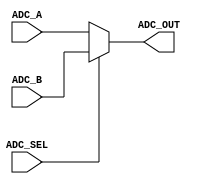
module ADC_MUX
#(
	parameter ADC_WIDTH = 12
)
(
	input [ADC_WIDTH - 1:0] ADC_A,
	input [ADC_WIDTH - 1:0] ADC_B,
	input ADC_SEL,
	output [ADC_WIDTH - 1:0] ADC_OUT
);
	reg [ADC_WIDTH - 1:0] int_ADC_OUT = 12'b000;
	assign ADC_OUT = int_ADC_OUT;
	always @(ADC_SEL, ADC_A, ADC_B)
	begin
		if(ADC_SEL)
			int_ADC_OUT = ADC_B;
		else
			int_ADC_OUT = ADC_A;
	end
endmodule